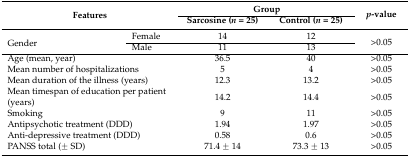
| <ROWSPAN=2-COLSPAN=2> Features | <COLSPAN=2> Group | <ROWSPAN=2> p-value |
 | Sarcosine (n = 25) | Control (n = 25) |
 | --- | --- | --- | --- | --- |
 | <ROWSPAN=2> Gender | Female | 14 | 12 | <ROWSPAN=2> >0.05 |
 | Male | 11 | 13 |
 | <COLSPAN=2> Age (mean, year) | 36.5 | 40 | >0.05 |
 | <COLSPAN=2> Mean number of hospitalizations | 5 | 4 | >0.05 |
 | <COLSPAN=2> Mean duration of the illness (years) | 12.3 | 13.2 | >0.05 |
 | <COLSPAN=2> Mean timespan of education per patient (years) | 14.2 | 14.4 | >0.05 |
 | <COLSPAN=2> Smoking | 9 | 11 | >0.05 |
 | <COLSPAN=2> Antipsychotic treatment (DDD) | 1.94 | 1.97 | >0.05 |
 | <COLSPAN=2> Anti-depressive treatment (DDD) | 0.58 | 0.6 | >0.05 |
 | <COLSPAN=2> PANSS total (± SD) | 71.4 ± 14 | 73.3 ± 13 | >0.05 |